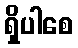
ရှိပါစေ